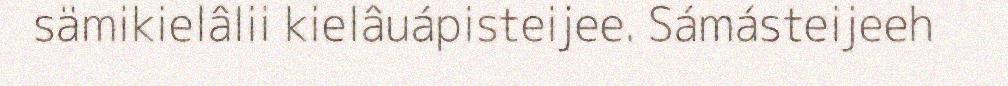
sämikielâlii kielâuápisteijee. Sámásteijeeh